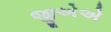
જીએએ